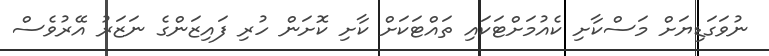
ނުވަގަޑިޔަށް މަސްކާށި ކެއުމަށްޓަކައި ތައްޓަކަށް ކާށި ކޮށަން ހުރި ފައިޒަންގެ ނަޒަރު އޭރުވެސް